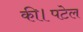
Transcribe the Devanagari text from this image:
की।पटेल